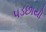
પડછાયો